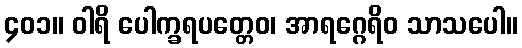
၄၀၁။ ဝါရိ ပေါက္ခရပတ္တေဝ၊ အာရဂ္ဂေရိဝ သာသပေါ။